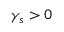
\gamma _ { s } > 0